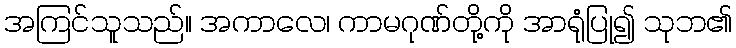
အကြင်သူသည်။ အကာလေ၊ ကာမဂုဏ်တို့ကို အာရုံပြု၍ သုဘ၏